Indian journal of veterinary science and animal husbandry - Volume 3,
Year: 1933
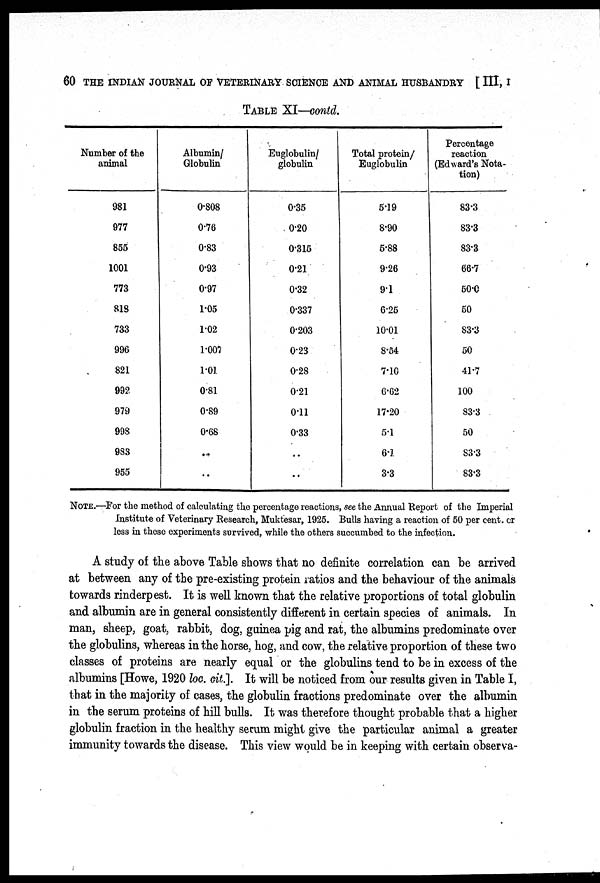
60 THE INDIAN JOURNAL OF VETERINARY SCIENCE AND ANIMAL HUSBANDRY [ III, I
TABLE XI—contd.
Number of the
animal
981
977
855
1001
773
818
733
996
821
992
979
998
983
955
Albumin/
Globulin
0.808
0.76
0.83
0.93
0.97
1.05
1.02
1.007
1.01
0.81
0.89
0.68
..
..
Euglobulin/
globulin
0.35
0.20
0.315
0.21
0.32
0.337
0.203
0.23
0.28
0.21
0.11
0.33
..
..
Total protein/
Euglobulin
5.19
8.90
5.88
9.26
9.1
6.25
10.01
8.54
7.10
6.62
17.20
5.1
6.1
3.3
Percentage
reaction
(Edward's Nota-
tion)
83.3
83.3
83.3
66.7
50.0
50.0
83.3
50
41.7
100
83.3
50
83.3
83.3
NOTE.—For the method of calculating the percentage reactions, see the Annual Report of the Imperial
Institute of Veterinary Research, Muktesar, 1925. Bulls having a reaction of 50 per cent. or
less in these experiments survived, while the others succumbed to the infection.
A study of the above Table shows that no definite correlation can be arrived
at between any of the pre-existing protein ratios and the behaviour of the animals
towards rinderpest. It is well known that the relative proportions of total globulin
and albumin are in general consistently different in certain species of animals. In
man, sheep, goat, rabbit, dog, guinea pig and rat, the albumins predominate over
the globulins, whereas in the horse, hog, and cow, the relative proportion of these two
classes of proteins are nearly equal or the globulins tend to be in excess of the
albumins [Howe, 1920 loc. cit.]. It will be noticed from our results given in Table I,
that in the majority of cases, the globulin fractions predominate over the albumin
in the serum proteins of hill bulls. It was therefore thought probable that a higher
globulin fraction in the healthy serum might give the particular animal a greater
immunity towards the disease. This view would be in keeping with certain observa-